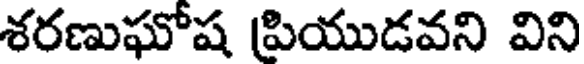
శరణుఘోష పియుడవని విని